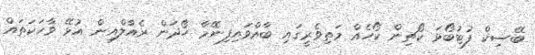
ބޭސިކް ފުޓުބޯޅަ ކޯޗިން ކޯހެއް މަތިވެރީގައި ބާއްވައިފިނޭމާ ހޯދަން ރެއާލްއިން އުޅޭ ވާހަކަތައް